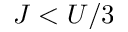
J < U / 3